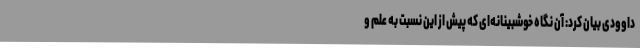
داوودی بیان کرد: آن نگاه خوشبینانه‌ای که پیش از این نسبت به علم و